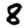
Digit: 8